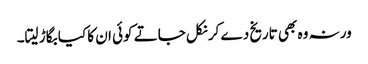
ورنہ وہ بھی تاریخ دے کر نکل جاتے کوئی ان کا کیا بگاڑ لیتا۔